Annual report on the mental hospital in the Central Provinces and Berar (Nagpur) - 1927-1951
Year: 1927
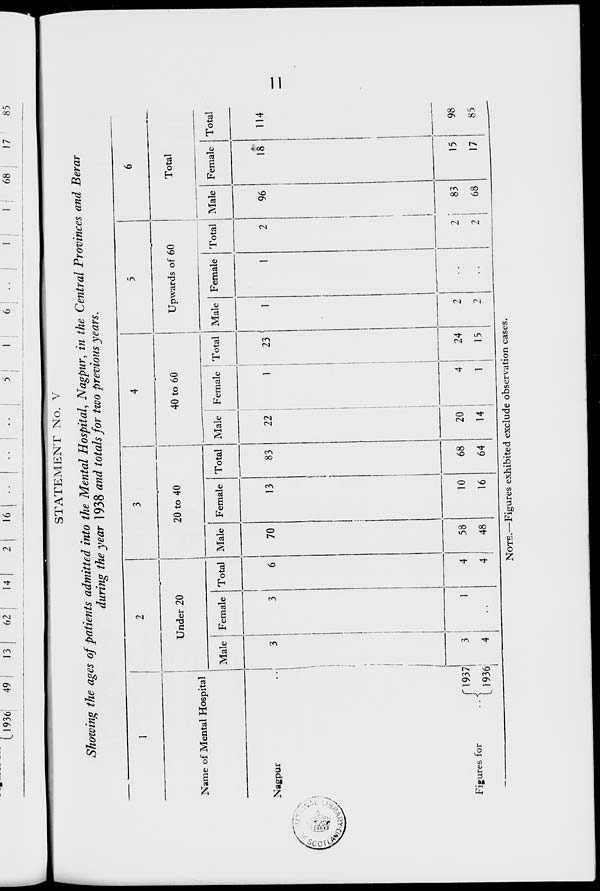
11
STATEMENT No. V
Showing the ages of patients admitted into the Mental Hospital, Nagpur, in the Central Provinces and Berar
during the year 1938 and totals for two previous years.
1
Name of Mental Hospital
Nagpur ..
Figures for
..
1937
1936
2
Under 20
Male
3
3
4
Female
3
1
..
Total
6
4
4
3
20 to 40
Male
70
58
48
Female
13
10
16
Total
83
68
64
4
40 to 60
Male
22
20
14
Female
1
4
1
Total
23
24
15
5
Upwards of 60
Male
1
2
2
Female
1
..
..
Total
2
2
2
6
Total
Male
96
83
68
Female
18
15
17
Total
114
98
85
NOTE.—Figures exhibited exclude observation cases.